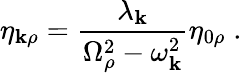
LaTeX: \eta_{\mathbf{k}\rho}=\frac{{\lambda_{\mathbf{k}}}}{{\Omega_{\rho}^{2}-\omega_{\mathbf{k}}^{2}}}\eta_{0\rho}\; .